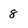
Character: 8